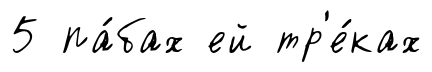
5 па́бах ей тр'е́ках